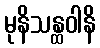
မုနိသန္ထဝါနိ